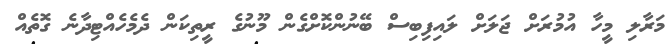
މަރާލި މީހާ އުމުރަށް ޖަލަށް ލައިފިބިސް ބޭނުންކޮށްގެން މޫނުގެ ރީތިކަން ދެމެހެއްޓިދާނެ ގޮތެއް